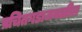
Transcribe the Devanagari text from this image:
प्रचितगडाजवळील